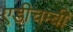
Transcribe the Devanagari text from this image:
एडीचम्बी